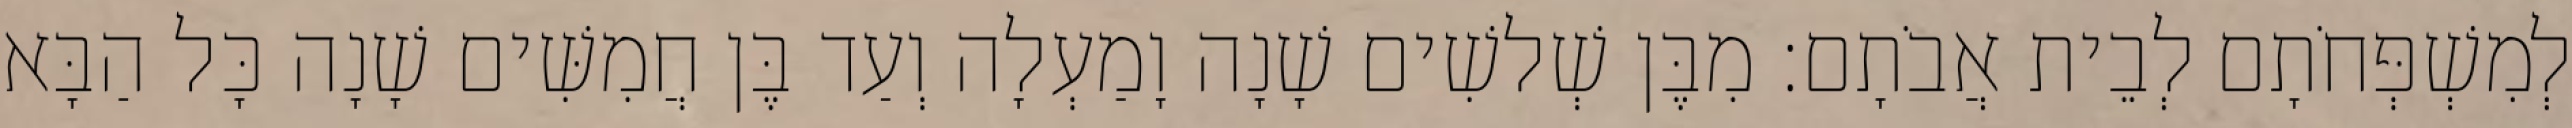
לְמִשְׁפְּחֹתָם לְבֵית אֲבֹתָם׃ מִבֶּן שְׁלשִׁים שָׁנָה וָמַעְלָה וְעַד בֶּן חֲמִשִּׁים שָׁנָה כָּל הַבָּא